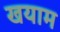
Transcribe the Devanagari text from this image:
खयाम